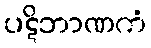
ပဋိဘာဏကံ